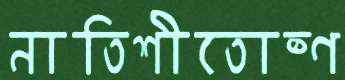
নাতিশীতোষ্ণ